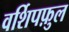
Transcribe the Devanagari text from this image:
वर्शिपफ़ुल